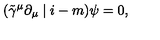
( \tilde { \gamma } ^ { \mu } \partial _ { \mu } \mid i - m ) \psi = 0 ,